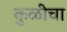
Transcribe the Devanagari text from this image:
कुळीचा